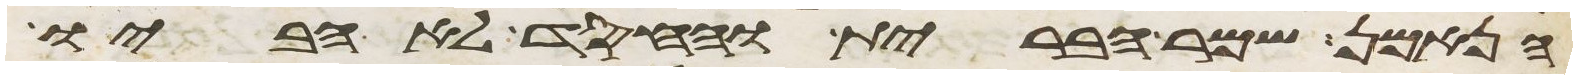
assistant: הנאמן שמר הברית והחסד לאהביו